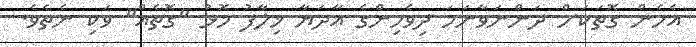
އެހެން ގޮތަކަށް ދަންނަވާނަމަ ދިވެހިންގެ އާދަޔާ ޚިލާފު މޮޅު "ގޮތެއް" ވަކި ނެތެވެ.